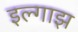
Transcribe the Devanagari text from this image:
इल्गाझ